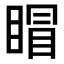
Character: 𥈆